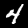
Label: 4